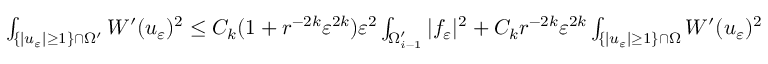
\begin{array} { r } { \int _ { \{ | u _ { \varepsilon } | \geq 1 \} \cap \Omega ^ { \prime } } W ^ { \prime } ( u _ { \varepsilon } ) ^ { 2 } \leq C _ { k } ( 1 + r ^ { - 2 k } \varepsilon ^ { 2 k } ) \varepsilon ^ { 2 } \int _ { \Omega _ { i - 1 } ^ { \prime } } | f _ { \varepsilon } | ^ { 2 } + C _ { k } r ^ { - 2 k } \varepsilon ^ { 2 k } \int _ { \{ | u _ { \varepsilon } | \geq 1 \} \cap \Omega } W ^ { \prime } ( u _ { \varepsilon } ) ^ { 2 } } \end{array}